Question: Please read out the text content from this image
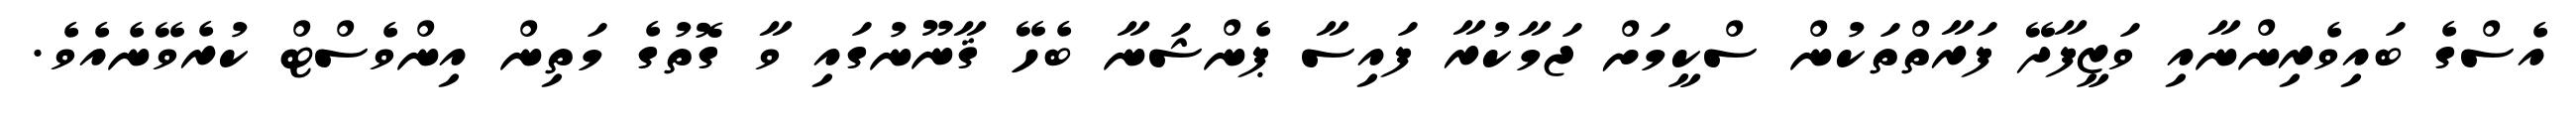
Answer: އެސްގެ ބައިވެރިންނާއި ވަޒީފާދޭ ފަރާތްތަކުން ސްކީމަށް ޖަމާކުރާ ފައިސާ ޕެންޝަނާ ބެހޭ ޤާނޫނުގައި ވާ ގޮތުގެ މަތިން އިންވެސްޓް ކުރެވޭނެއެވެ.